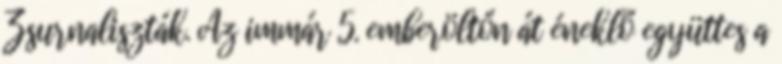
Zsurnaliszták. Az immár 5. emberöltőn át éneklő együttes a